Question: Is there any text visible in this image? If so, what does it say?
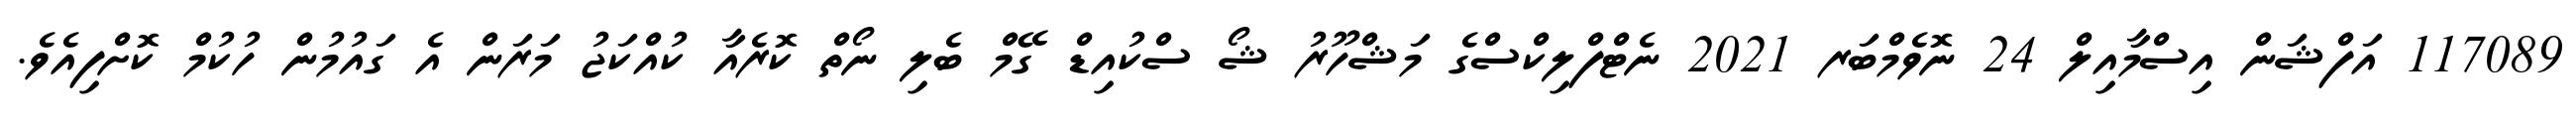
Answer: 117089 އަފްޝަން އިސްމާއިލް 24 ނޮވެމްބަރ 2021 ނެޓްފްލިކްސްގެ މަޝްހޫރު ޝޯ ސްކުއިޑް ގޭމް ބެލި ނޯތް ކޮރެއާ ކުއްކަޖު މަރަން އެ ގައުމުން ހުކުމް ކޮށްފިއެވެ.